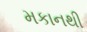
મકાનથી